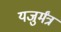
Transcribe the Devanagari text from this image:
यजुर्मंत्र